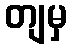
တျမှ